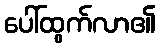
ပေါ်ထွက်လာ၏